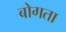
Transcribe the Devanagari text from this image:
बोगता